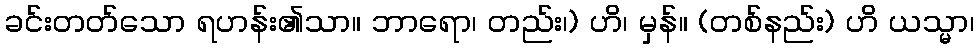
ခင်းတတ်သော ရဟန်း၏သာ။ ဘာရော၊ တည်း၊) ဟိ၊ မှန်။ (တစ်နည်း) ဟိ ယသ္မာ၊